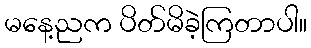
မနေ့ညက ပိတ်မိခဲ့ကြတာပါ။